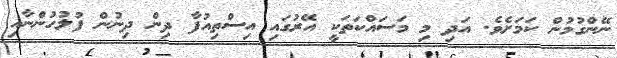
ނޭންގުމުން ކަމަށެވެ. އަދި މި މަސައްކަތަކީ އޭރުގައި އިސްތިއުފާ ދިން ދިނުން ފުލުހުންނާއި